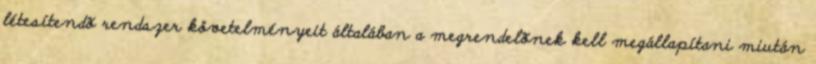
létesítendõ rendszer követelményeit általában a megrendelõnek kell megállapítani miután